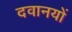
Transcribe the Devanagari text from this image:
दवानयों